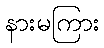
နားမကြား